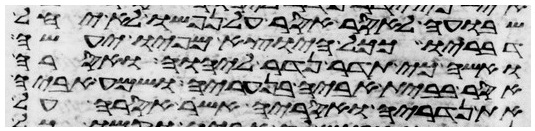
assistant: שבועה לאסר אסר על נפשו לא יחל
דבריו ככל היוצא מפיו יעשה
ואשה כי תדר נדר ליהוה ואסרה
אסר בבית אביה בנעריה ושמע אביה
את נדריה ואסריה אשר אסרה על